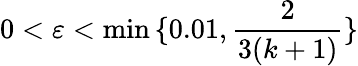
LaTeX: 0<\varepsilon<\operatorname*{min}{\{ 0.01,{\frac{2}{3(k+1)}}\} }